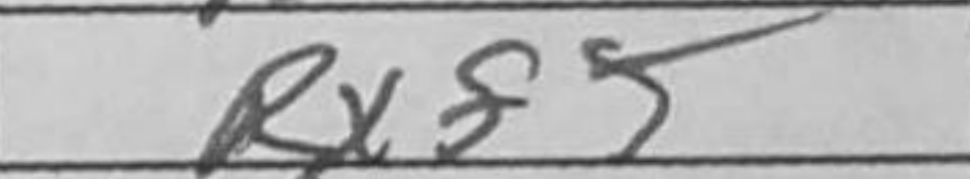
Transcription: Rxf5